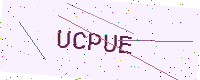
Text: UCPUE